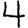
Digit: 4